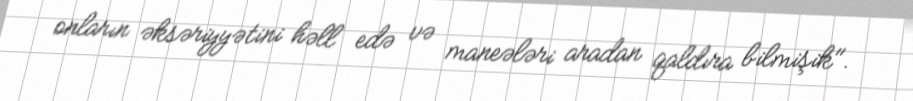
onların əksəriyyətini həll edə və maneələri aradan qaldıra bilmişik".